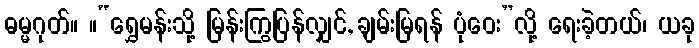
ဓမ္မဂုတ်။ ။“ရွှေမန်းသို့ မြန်းကြွပြန်လျှင်, ချမ်းမြရန် ပုံဝေး”လို့ ရေးခဲ့တယ်၊ ယခု